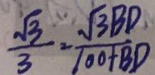
\frac { \sqrt { 3 } } { 3 } = \frac { \sqrt { 3 } B D } { 1 0 0 + B D }